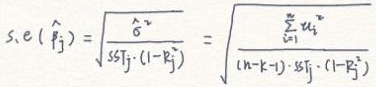
$s.e\left(\hat{\beta}_{j}\right)=\sqrt{\frac{\hat{\sigma}^{2}}{S S T_{j} \cdot\left(1-R_{j}^{2}\right)}}=\sqrt{\frac{\sum_{i=1}^{n} u_{i}^{2}}{(n-k-1) \cdot S S T_{j} \cdot\left(1-R_{j}^{2}\right)}}$